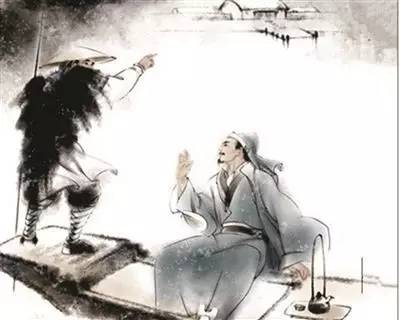
寒泉贮绀壶渐暖，年事对青灯惊换了。